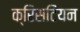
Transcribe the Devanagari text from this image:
क्रिसटियन